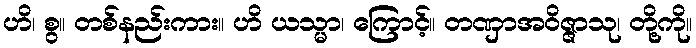
ဟိ၊ စွ။ တစ်နည်းကား။ ဟိ ယသ္မာ၊ ကြောင့်။ တဏှာအဝိဇ္ဇာသု၊ တို့ကို။